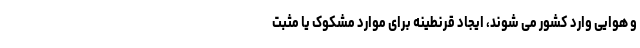
و هوایی وارد کشور می شوند، ایجاد قرنطینه برای موارد مشکوک یا مثبت